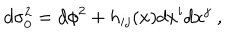
d \sigma _ { 0 } ^ { 2 } = d \phi ^ { 2 } + h _ { i j } ( x ) d x ^ { i } d x ^ { j } \; ,